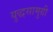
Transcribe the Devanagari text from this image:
युद्धसामुग्री